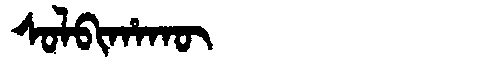
Manchu: ᠰᠣᠯᠪᡳᡥᠠᡴᡡ
Romanization: SOLBIHAKŪ